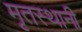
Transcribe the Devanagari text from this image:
मृतस्थानी